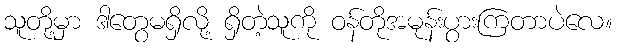
သူတို့မှာ ဒါတွေမရှိလို့ ရှိတဲ့သူကို ဝန်တိုအမုန်းပွားကြတာပဲလေ။